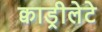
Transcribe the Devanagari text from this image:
क्वाड्रीलेटे